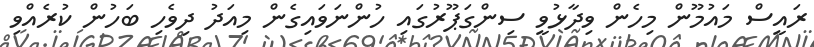
ރައީސް މައުމޫން މިހެން ވިދާޅުވީ ސިންގަޕޫރުގައި ހުންނަވައިގެން މިއަދު ދިވެހި ބަހުން ކުރެއްވި